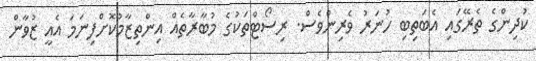
ކުދިންގެ ތެރޭގައި އެބަތިބި ހުނަރު ވެރިންވެސް. ރިސޯޓްތަކުގެ މުބާރާތެއް އިންތިޒާމުކޮށްފިނަމަ އެއީ ޒުވާން